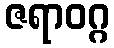
ဇရာဝဂ္ဂ